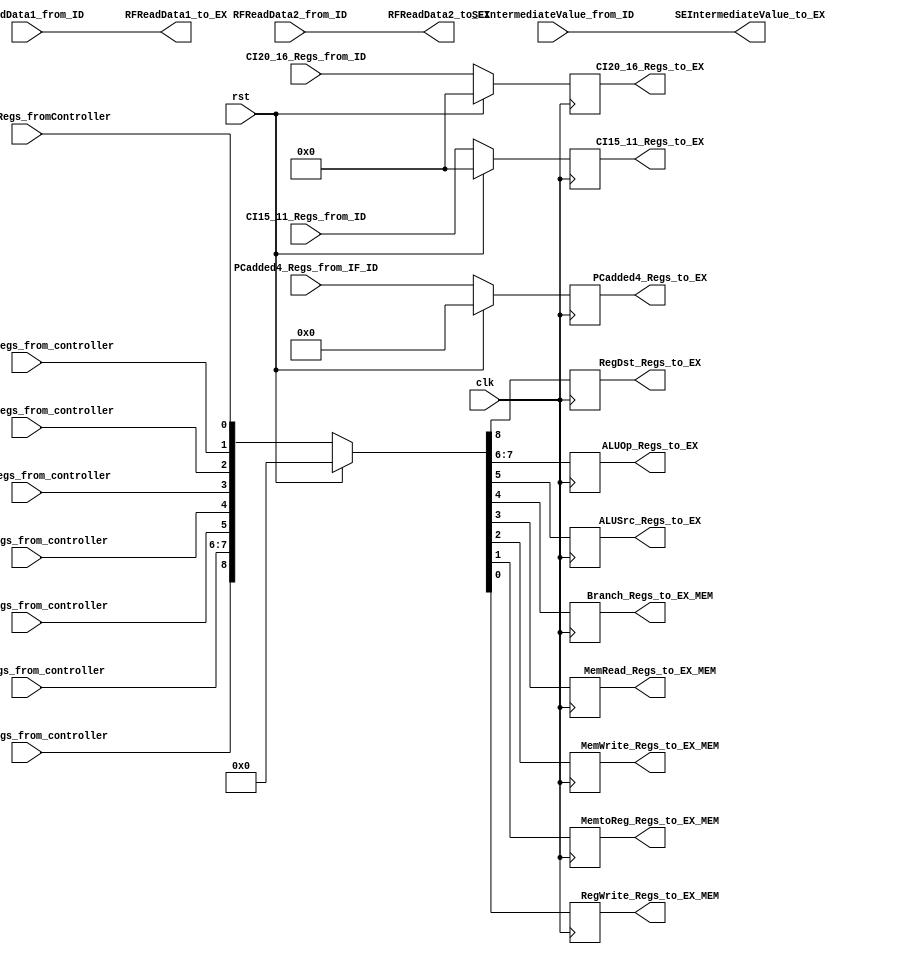
`timescale 1ns / 1ps

module ID_EXRegs
                (
                    input wire clk,
                    input wire rst,

                    input wire RegDst_Regs_from_controller,
                    input wire [1:0]ALUOp_Regs_from_controller,
                    input wire ALUSrc_Regs_from_controller,

                    input wire Branch_Regs_from_controller,
                    input wire MemRead_Regs_from_controller,
                    input wire MemWrite_Regs_from_controller,

                    input wire MemtoReg_Regs_from_controller,
                    input wire RegWrite_Regs_fromController,



                    input wire [32-1:0]PCadded4_Regs_from_IF_ID,
                    input wire [32-1:0]RFReadData1_from_ID,
                    input wire [32-1:0]RFReadData2_from_ID,
                    input wire [32-1:0]SEIntermediateValue_from_ID,
                    input wire [5-1:0]CI15_11_Regs_from_ID,
                    input wire [5-1:0]CI20_16_Regs_from_ID,
                    



                    output reg RegDst_Regs_to_EX,
                    output reg [1:0]ALUOp_Regs_to_EX,
                    output reg ALUSrc_Regs_to_EX,

                    output reg Branch_Regs_to_EX_MEM,
                    output reg MemRead_Regs_to_EX_MEM,
                    output reg MemWrite_Regs_to_EX_MEM,

                    output reg MemtoReg_Regs_to_EX_MEM,
                    output reg RegWrite_Regs_to_EX_MEM,

                    output reg [32-1:0]PCadded4_Regs_to_EX,
                    output wire [32-1:0]RFReadData1_to_EX,
                    output wire [32-1:0]RFReadData2_to_EX,
                    output wire [32-1:0]SEIntermediateValue_to_EX,
                    output reg [5-1:0]CI15_11_Regs_to_EX,
                    output reg [5-1:0]CI20_16_Regs_to_EX

                );




always@(posedge clk)
    begin
        if(rst == 1)
            begin
                PCadded4_Regs_to_EX <= 0;
                CI15_11_Regs_to_EX <= 0;
                CI20_16_Regs_to_EX <= 0;
                {RegDst_Regs_to_EX, ALUOp_Regs_to_EX, ALUSrc_Regs_to_EX, Branch_Regs_to_EX_MEM, MemRead_Regs_to_EX_MEM, MemWrite_Regs_to_EX_MEM, MemtoReg_Regs_to_EX_MEM, RegWrite_Regs_to_EX_MEM} <= 0;
            end 
        else
            begin
                PCadded4_Regs_to_EX <= PCadded4_Regs_from_IF_ID;
                CI15_11_Regs_to_EX <= CI15_11_Regs_from_ID;
                CI20_16_Regs_to_EX <= CI20_16_Regs_from_ID;
                {RegDst_Regs_to_EX, ALUOp_Regs_to_EX, ALUSrc_Regs_to_EX, Branch_Regs_to_EX_MEM, MemRead_Regs_to_EX_MEM, MemWrite_Regs_to_EX_MEM, MemtoReg_Regs_to_EX_MEM, RegWrite_Regs_to_EX_MEM} <= {RegDst_Regs_from_controller, ALUOp_Regs_from_controller, ALUSrc_Regs_from_controller, Branch_Regs_from_controller, MemRead_Regs_from_controller, MemWrite_Regs_from_controller, MemtoReg_Regs_from_controller, RegWrite_Regs_fromController};
            end
    end

assign RFReadData1_to_EX = RFReadData1_from_ID;
assign RFReadData2_to_EX = RFReadData2_from_ID;
assign SEIntermediateValue_to_EX = SEIntermediateValue_from_ID;

endmodule